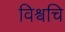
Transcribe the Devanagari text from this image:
विश्वचि